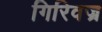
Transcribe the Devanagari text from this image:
गिरिवज्र